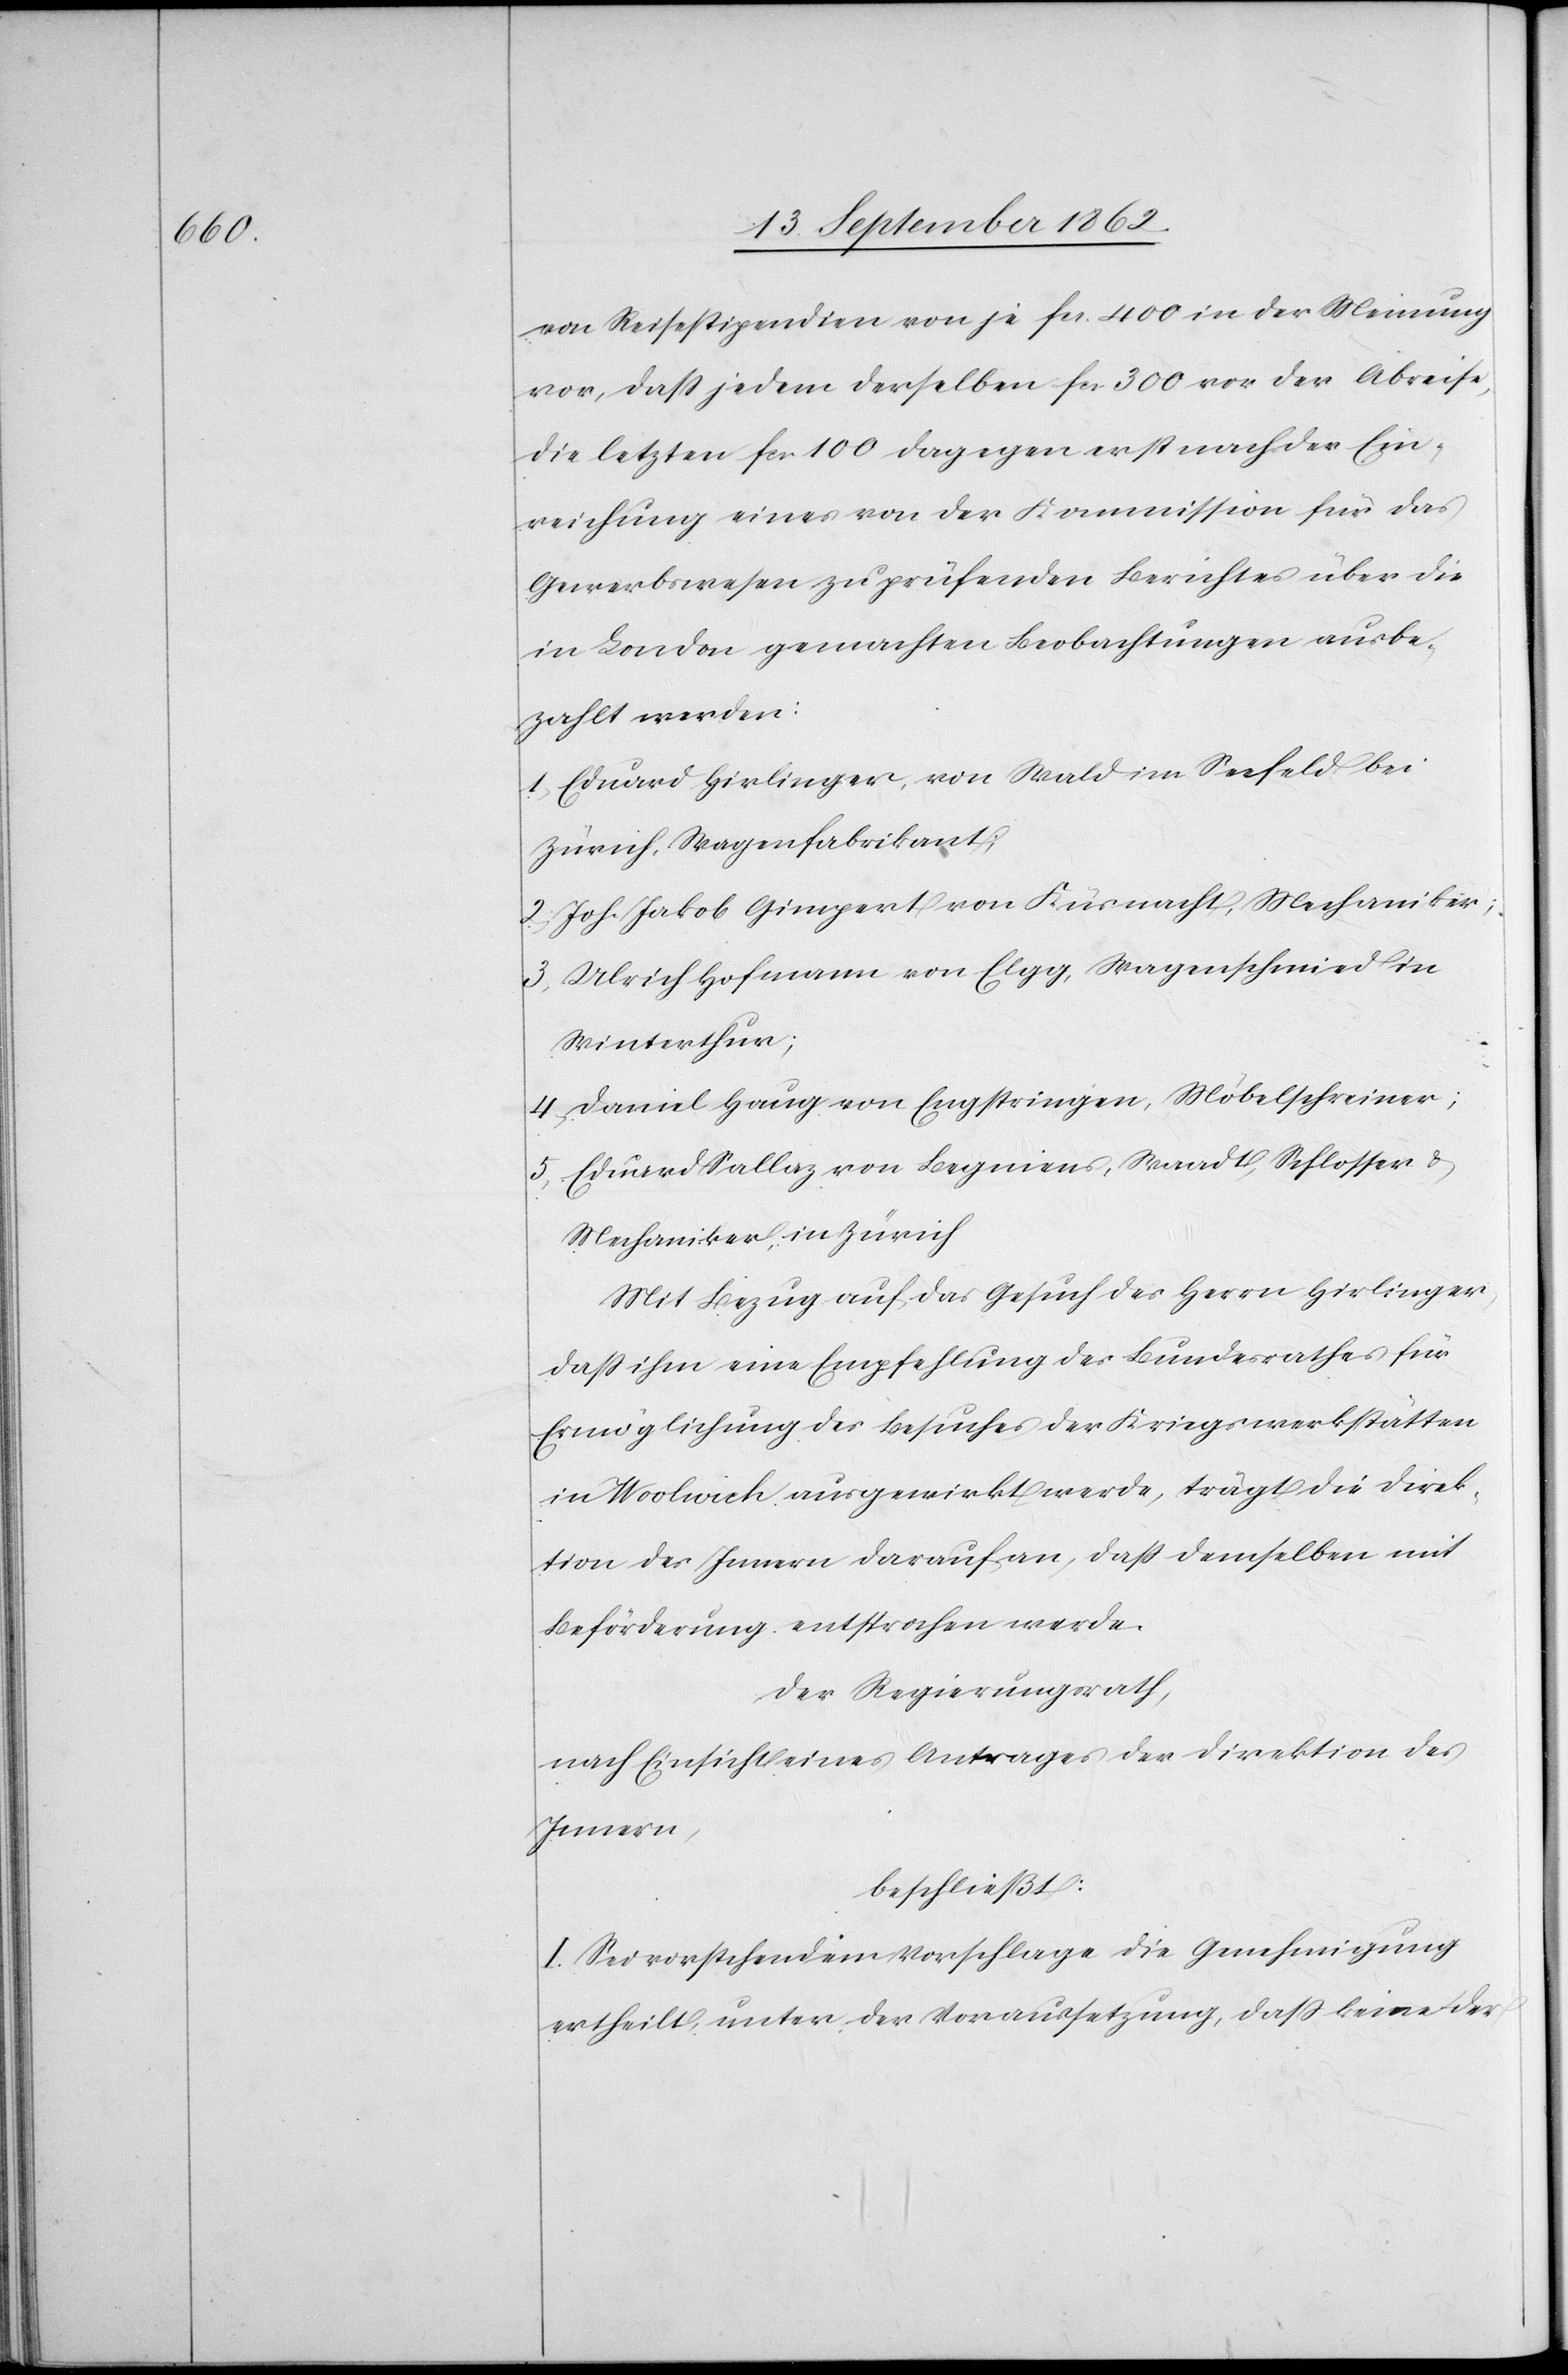
von Reisestipendien von je fcs. 400 in der Meinung
vor, daß jedem derselben fcs. 300 vor der Abreise,
die letzten fcs. 100 dagegen erst nach der Ein¬
reichung eines von der Kommission für das
Gewerbswesen zu prüfenden Berichtes über die
in London gemachten Beobachtungen ausbe¬
zahlt werden:
1. Eduard Hirlinger, von Wald im Seefeld bei
Zürich, Wagenfabrikant;
2. Joh. Jakob Gimpert von Küsnacht, Mechaniker;
3. Ulrich Hofmann von Elgg, Wangeschmied in
Winterthur;
4. Daniel Haug von Engstringen, Möbelschreiner;
5. Eduard Sallaz von Begniens, Waadt, Schlosser u.
Mechaniker, in Zürich.
Mit Bezug auf das Gesuch des Herrn Hirlinger,
daß ihm eine Empfehlung des Bundesrathes für
Ermöglichung des Besuches der Kriegswerkstätten
in Woolwick ausgewirkt werde, trägt die Direk¬
tion des Innern darauf an, daß demselben mit
Beförderung entsprochen werde.
Der Regierungsrath,
nach Einsicht eines Antrages der Direktion des
Innern,
beschließt:
I. Sei vorstehendem Vorschlage die Genehmigung
ertheilt, unter der Voraussetzung, daß keine der